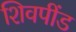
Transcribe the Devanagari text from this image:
शिवपींड